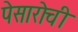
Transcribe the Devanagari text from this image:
पेसारोची